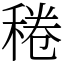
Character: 䅚